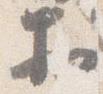
於